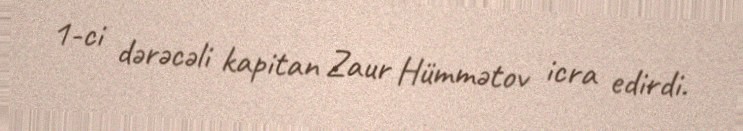
1-ci dərəcəli kapitan Zaur Hümmətov icra edirdi.